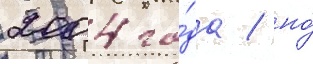
2004 го́да / но́